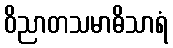
ဝိညာတသမာဓိသာရံ